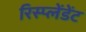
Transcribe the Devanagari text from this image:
रिस्प्लेंडेंट